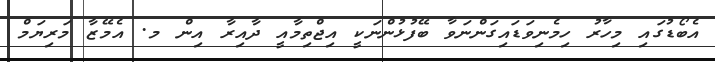
އެބޯޑުގައި މިހާރު ހިމެނިވަޑައިގަންނަވާ ބޭފުޅުންނަކީ އިޖްތިމާއީ ދާއިރާ އިން މ. އެމޭޒާ މަރިޔަމް